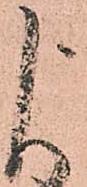
よ